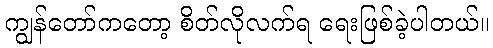
ကျွန်တော်ကတော့ စိတ်လိုလက်ရ ရေးဖြစ်ခဲ့ပါတယ်။